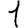
Digit: 1